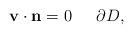
LaTeX: \begin{align*} \mathbf{v}\cdot\mathbf{n}=0\ \ \ \ \, \partial D,\end{align*}